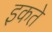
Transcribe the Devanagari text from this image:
इकते